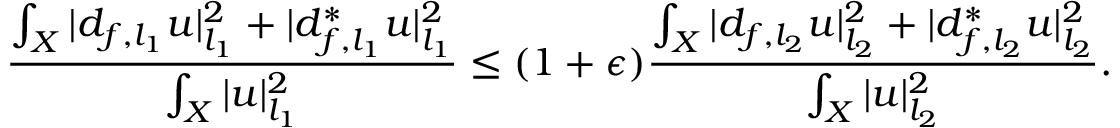
\frac { \int _ { X } | d _ { f , l _ { 1 } } u | _ { l _ { 1 } } ^ { 2 } + | d _ { f , l _ { 1 } } ^ { * } u | _ { l _ { 1 } } ^ { 2 } } { \int _ { X } | u | _ { l _ { 1 } } ^ { 2 } } \leq ( 1 + \epsilon ) \frac { \int _ { X } | d _ { f , l _ { 2 } } u | _ { l _ { 2 } } ^ { 2 } + | d _ { f , l _ { 2 } } ^ { * } u | _ { l _ { 2 } } ^ { 2 } } { \int _ { X } | u | _ { l _ { 2 } } ^ { 2 } } .